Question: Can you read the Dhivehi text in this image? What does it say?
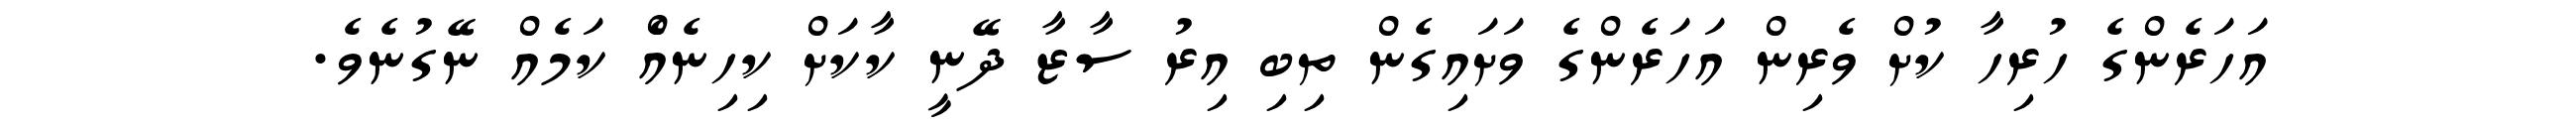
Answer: އަހަރެންގެ ހުރިހާ ކުށް ވެރިން އަހަރެންގެ ވަށައިގެން ތިބި އިރު ސާޒާ ދޭނީ ކާކަށް ކިހިނެއެް ކަމެއް ނޭގުނެވެ.